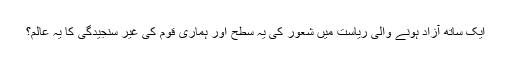
ایک ساتھ آزاد ہونے والی ریاست میں شعور کی یہ سطح اور ہماری قوم کی غیر سنجیدگی کا یہ عالم؟